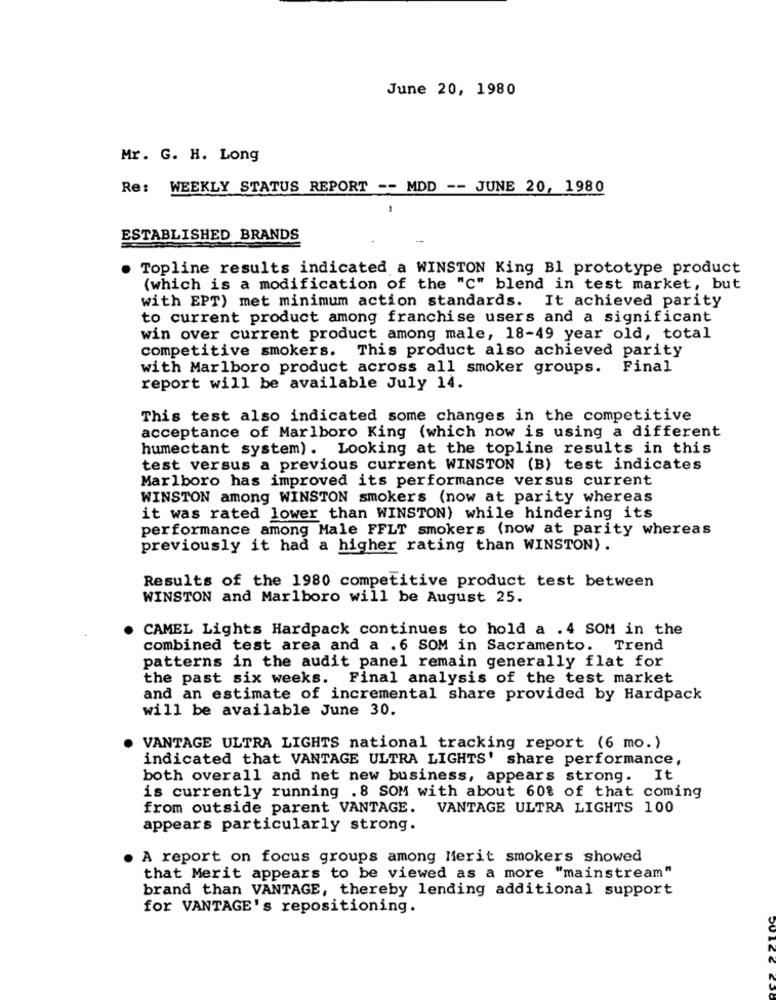
June 20, 1980
Mr. G. H. Long
Re: WEEKLY STATUS REPORT -- MDD -- JUNE 20, 1980
ESTABLISHED BRANDS
Topline results indicated a WINSTON King Bl prototype product
(which is a modification of the "C" blend in test market, but
with EPT) met minimum action standards. It achieved parity
to current product among franchise users and a significant
win over current product among male, 18-49 year old, total
competitive smokers. This product also achieved parity
with Marlboro product across all smoker groups. Final
report will be available July 14.
This test also indicated some changes in the competitive
acceptance of Marlboro King (which now is using a different
humectant system). Looking at the topline results in this
test versus a previous current WINSTON (B) test indicates
Marlboro has improved its performance versus current
WINSTON among WINSTON smokers (now at parity whereas
it was rated lower than WINSTON) while hindering its
performance among Male FFLT smokers (now at parity whereas
previously it had a higher rating than WINSTON).
Results of the 1980 competitive product test between
WINSTON and Marlboro will be August 25.
CAMEL Lights Hardpack continues to hold a . 4 SOM in the
combined test area and a .6 SOM in Sacramento. Trend
patterns in the audit panel remain generally flat for
the past six weeks. Final analysis of the test market
and an estimate of incremental share provided by Hardpack
will be available June 30.
VANTAGE ULTRA LIGHTS national tracking report (6 mo. )
indicated that VANTAGE ULTRA LIGHTS' share performance,
both overall and net new business, appears strong. It
is currently running .8 SOM with about 60% of that coming
from outside parent VANTAGE. VANTAGE ULTRA LIGHTS 100
appears particularly strong.
A report on focus groups among Merit smokers showed
that Merit appears to be viewed as a more "mainstream"
brand than VANTAGE, thereby lending additional support
for VANTAGE's repositioning.